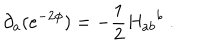
\partial _ { a } ( e ^ { - 2 \phi } ) = - \frac { 1 } { 2 } { H _ { a b } } ^ { b } \; .